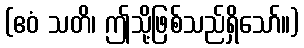
(ဧဝံ သတိ၊ ဤသို့ဖြစ်သည်ရှိသော်။)